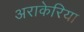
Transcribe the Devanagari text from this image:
अराकेरिया